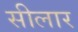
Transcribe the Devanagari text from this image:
सीलार